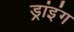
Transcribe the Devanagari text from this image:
ड्रांइंग